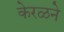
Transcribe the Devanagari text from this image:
केरळने